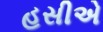
હસીએ